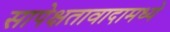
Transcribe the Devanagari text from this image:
सापेक्षतावादामध्ये